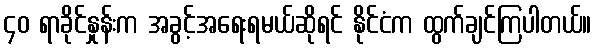
၄၀ ရာခိုင်နှုန်းက အခွင့်အရေးရမယ်ဆိုရင် နိုင်ငံက ထွက်ချင်ကြပါတယ်။